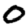
Digit: 0